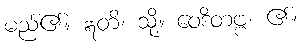
မည်၏။ ဣတိ၊ သို့။ ဝေဒိတဗ္ဗံ၊ ၏။